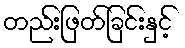
တည်းဖြတ်ခြင်းနှင့်